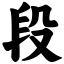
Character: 段